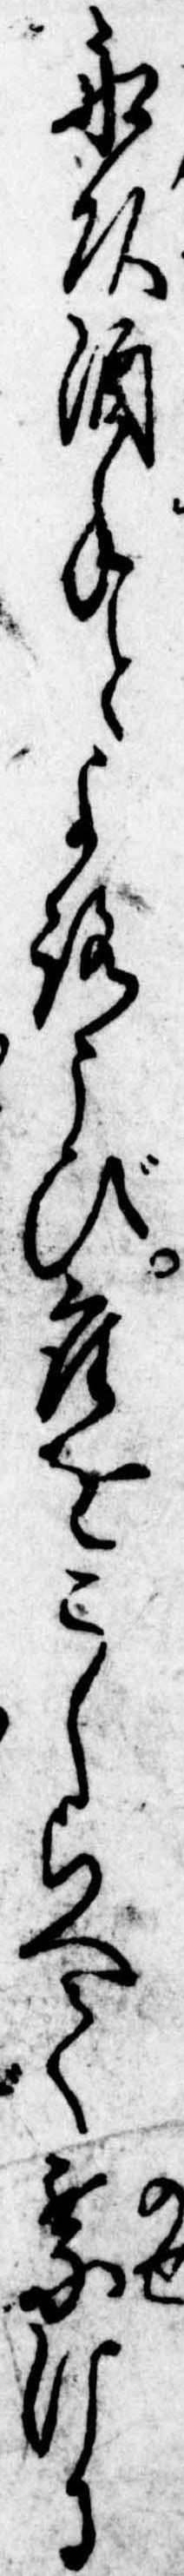
船頭酒手とよろこび座をこしらへて乗ける